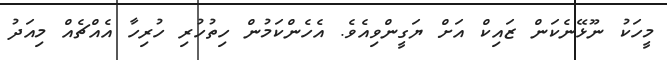
މީހަކު ނޫޅޭނެކަން ޒައިކް އަށް ޔަގީންވިއެވެ. އެހެންކަމުން ހިތުހުރި ހުރިހާ އެއްޗެއް މިއަދު